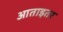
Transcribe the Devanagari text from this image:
आताइतर